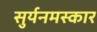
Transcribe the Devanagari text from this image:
सुर्यनमस्कार